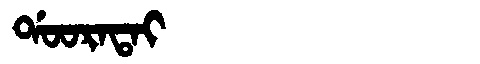
Manchu: ᡩᠣᠣᡵᠠᡨᠠᡳ
Romanization: DOORATAI